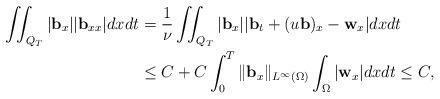
LaTeX: \begin{align*} \iint_{Q_T}|\mathbf{b}_x||\mathbf{b}_{xx}|dxdt &=\frac{1}{\nu}\iint_{Q_T}|\mathbf{b}_x||\mathbf{b}_{t}+(u\mathbf{b})_x-\mathbf{w}_x|dxdt\\ &\leq C+C\int_0^T\|\mathbf{b}_x\|_{L^\infty(\Omega)}\int_\Omega|\mathbf{w}_x|dxdt \leq C,\end{align*}